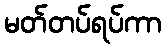
မတ်တပ်ရပ်ကာ